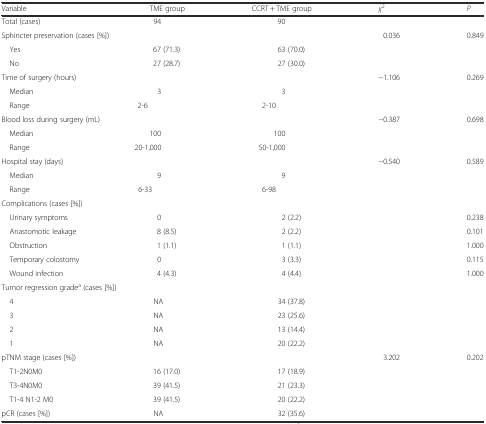
| Variable | TME group | CCRT + TME group | χ2 | P |
 | --- | --- | --- | --- | --- |
 | Total (cases) | 94 | 90 |  |  |
 | <COLSPAN=2> Sphincter preservation (cases [%]) |  | 0.036 | 0.849 |
 | Yes | 67 (71.3) | 63 (70.0) |  |  |
 | No | 27 (28.7) | 27 (30.0) |  |  |
 | Time of surgery (hours) |  |  | −1.106 | 0.269 |
 | Median | 3 | 3 |  |  |
 | Range | 2-6 | 2-10 |  |  |
 | <COLSPAN=2> Blood loss during surgery (mL) |  | −0.387 | 0.698 |
 | Median | 100 | 100 |  |  |
 | Range | 20-1,000 | 50-1,000 |  |  |
 | Hospital stay (days) |  |  | −0.540 | 0.589 |
 | Median | 9 | 9 |  |  |
 | Range | 6-33 | 6-98 |  |  |
 | Complications (cases [%]) |  |  |  |  |
 | Urinary symptoms | 0 | 2 (2.2) |  | 0.238 |
 | Anastomotic leakage | 8 (8.5) | 2 (2.2) |  | 0.101 |
 | Obstruction | 1 (1.1) | 1 (1.1) |  | 1.000 |
 | Temporary colostomy | 0 | 3 (3.3) |  | 0.115 |
 | Wound infection | 4 (4.3) | 4 (4.4) |  | 1.000 |
 | <COLSPAN=5> Tumor regression gradea (cases [%]) |
 | 4 | NA | 34 (37.8) |  |  |
 | 3 | NA | 23 (25.6) |  |  |
 | 2 | NA | 13 (14.4) |  |  |
 | 1 | NA | 20 (22.2) |  |  |
 | pTNM stage (cases [%]) |  |  | 3.202 | 0.202 |
 | T1-2N0M0 | 16 (17.0) | 17 (18.9) |  |  |
 | T3-4N0M0 | 39 (41.5) | 21 (23.3) |  |  |
 | T1-4 N1-2 M0 | 39 (41.5) | 20 (22.2) |  |  |
 | pCR (cases [%]) | NA | 32 (35.6) |  |  |